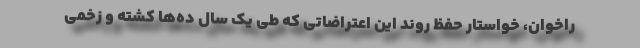
راخوان، خواستار حفظ روند این اعتراضاتی که طی یک سال ده‌ها کشته و زخمی